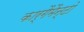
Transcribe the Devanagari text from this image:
कार्गैमैन्टो